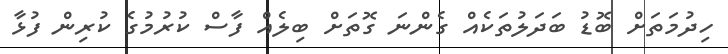
ހިދުމަތަށް ބޮޑު ބަދަލުތަކެއް ގެންނަ ގޮތަށް ބިލެއް ފާސް ކުރުމުގެ ކުރިން ފުޅާ